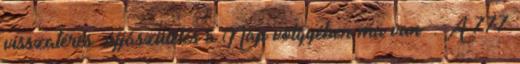
visszatérés újjászületés a Nap völgyében ma van . A 777